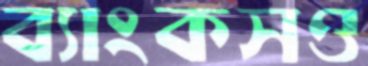
ব্যাংকসও